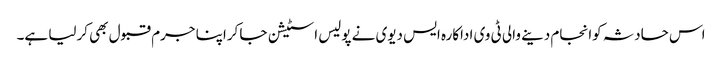
اس حادثہ کوانجام دینے والی ٹی وی اداکارہ ایس دیوی نے پولیس اسٹیشن جا کراپنا جرم قبول بھی کرلیا ہے۔